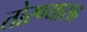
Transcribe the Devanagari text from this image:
तोरण्यासह